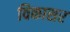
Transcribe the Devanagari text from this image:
विकासर